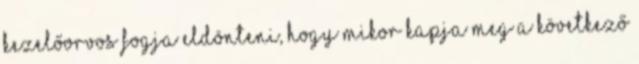
kezelőorvos fogja eldönteni, hogy mikor kapja meg a következő